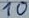
Text: 10